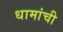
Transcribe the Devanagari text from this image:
धामांची